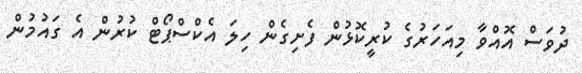
ދުވަސް އޮއްވާ މިއަހަރުގެ ކުރީކޮޅުން ފެށިގެން ހިލަ އެކްސްޕޯޓް ކުރުން އެ ގައުމުން